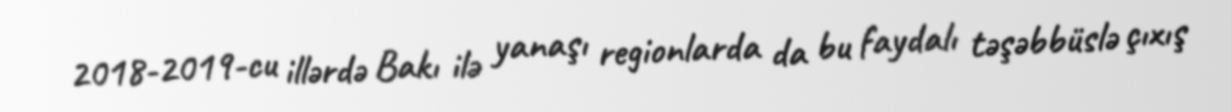
2018-2019-cu illərdə Bakı ilə yanaşı regionlarda da bu faydalı təşəbbüslə çıxış